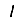
Digit: 1